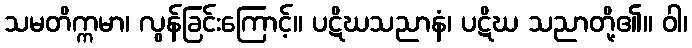
သမတိက္ကမာ၊ လွန်ခြင်းကြောင့်။ ပဋိဃသညာနံ၊ ပဋိဃ သညာတို့၏။ ဝါ၊